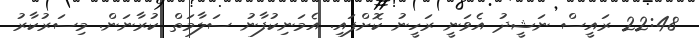
22:48 ރައީސް ނަޝީދު އެވަނީ ރަހީނު ކޮށްފައި. އެމަނިކުފާނު ސަލާމަތް ކުރާނަން. މިސަރުކާރު